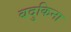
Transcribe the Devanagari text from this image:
बदुकिना